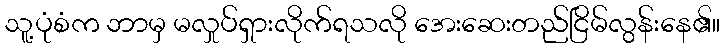
သူ့ပုံစံက ဘာမှ မလှုပ်ရှားလိုက်ရသလို အေးဆေးတည်ငြိမ်လွန်းနေ၏။